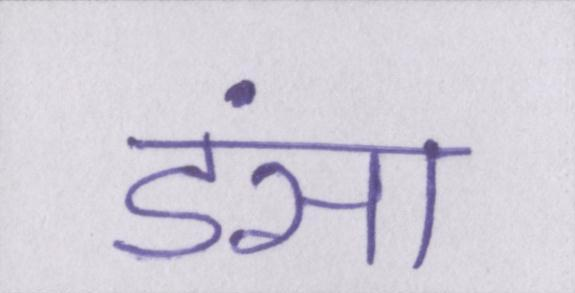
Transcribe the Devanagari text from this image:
डंसा